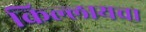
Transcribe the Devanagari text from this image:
किल्लायचा